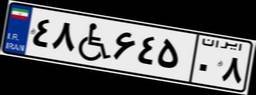
۴۸W۶۴۵۰۸